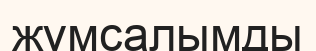
жұмсалымды